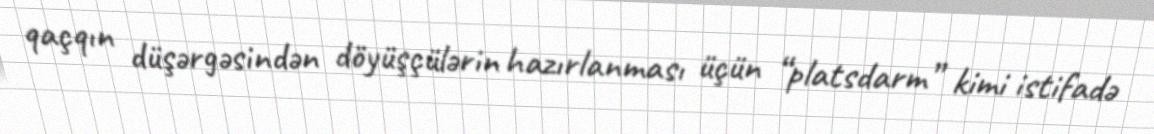
qaçqın düşərgəsindən döyüşçülərin hazırlanması üçün “platsdarm” kimi istifadə